Lunatic asylums United Provinces 1899-1908 - 1899-1908
Year: 1899
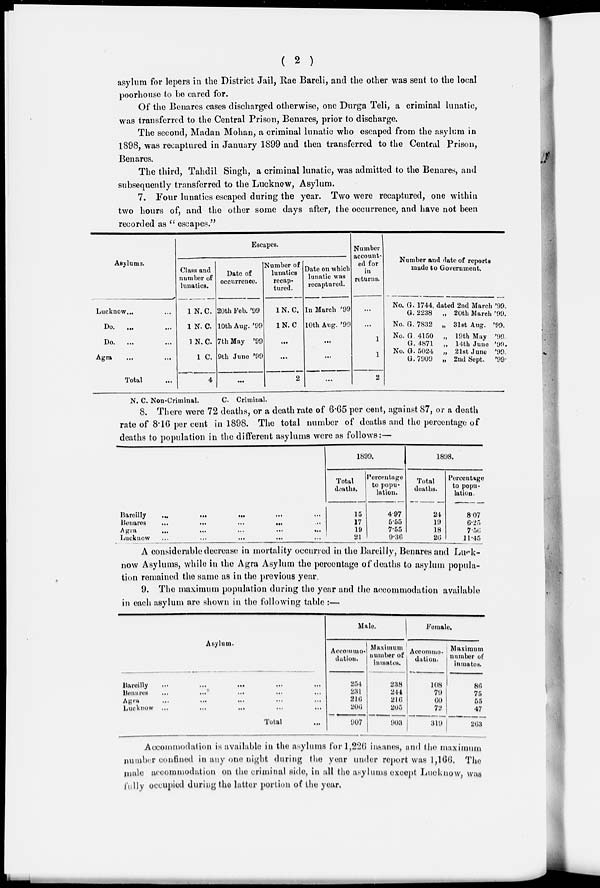
( 2 )
asylum for lepers in the District Jail, Rae Bareli, and the other was sent to the local
poorhouse to be cared for.
Of the Benares cases discharged otherwise, one Durga Teli, a criminal lunatic,
was transferred to the Central Prison, Benares, prior to discharge.
The second, Madan Mohan, a criminal lunatic who escaped from the asylum in
1898, was recaptured in January 1899 and then transferred to the Central Prison,
Benares.
The third, Tahdil Singh, a criminal lunatic, was admitted to the Benares, and
subsequently transferred to the Lucknow, Asylum.
7. Four lunatics escaped during the year. Two were recaptured, one within
two hours of, and the other some days after, the occurrence, and have not been
recorded as "escapes."
Asylums.
Lucknow ... ...
Do. ... ...
Do. ... ...
Agra ... ...
Total ...
Escapes.
Class and
number of
lunatics.
1 N.C.
1 N. C.
1 N.C.
1 C.
4
Date of
occurrence.
20th Feb. '99
10th Aug. '99
7th May '99
9th June '99
...
Number of
lunatics
recap-
tured.
1 N. C.
1 N. C
...
...
2
Date on which
lunatic was
recaptured.
In March '99
10th Aug. '99
..
...
...
Number
account-
ed for
in
returns.
...
...
1
1
2
Number and date of reports
made to Government.
No. G. 1744, dated 2nd March '99.
G. 2238
„ 20th March '99.
No. G. 7832 „ 31st Aug. '99.
No. G. 4150 „ 19th May '99.
G. 4871 „ 14th June '99.
No. G. 5024 „ 21st June '99.
G.7909
„ 2nd Sept. '99.
N. C. Non-Criminal.
C.
Criminal.
8. There were 72 deaths, or a death rate of 6.65 per cent, against 87, or a death
rate of 8.16 per cent in 1898. The total number of deaths and the percentage of
deaths to population in the different asylums were as follows:—
Bareilly ... ... ... ... ...
Benares ... ... ... ... ...
Agra
...
...
...
...
...
Lucknow ... ... ... ... ...
1899.
Total
deaths.
15
17
19
21
Percentage
to popu-
lation.
4.97
5.55
7.55
9.36
1898.
Total
deaths.
24
19
18
26
Pecentage to popu-
lation.
8.07
6.25
7.56
11.45
A considerable decrease in mortality occurred in the Bareilly, Benares and Luck-
now Asylums, while in the Agra Asylum the percentage of deaths to asylum popula-
tion remained the same as in the previous year.
9. The maximum population during the year and the accommodation available
in each asylum are shown in the following table :—
Asylum.
Bareilly ... ... ... ... ...
Benares ... ... ... ... ...
Agra ... ... ... ... ...
Lucknow ... ... ... ... ...
Total ...
Male.
Accommo-
dation.
254
231
216
206
907
Maximum
number of
inmates.
238
244
216
205
903
Female.
Accommo-
dation.
108
79
60
72
319
Maximum
number of
inmates.
86
75
55
47
263
Accommodation is available in the asylums for 1,226 insanes, and the maximum
number confined in any one night during the year under report was 1,166. The
male accommodation on the criminal side, in all the asylums except Lucknow, was
fully occupied during the latter portion of the year.